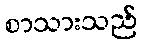
စာသားသည်